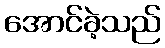
အောင်ခဲ့သည်